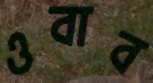
ওবাব